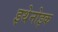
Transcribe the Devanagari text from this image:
इथेनोइक